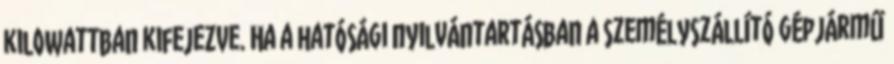
kilowattban kifejezve. Ha a hatósági nyilvántartásban a személyszállító gépjármű